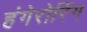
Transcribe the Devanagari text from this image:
हंगेरोरिंग